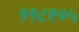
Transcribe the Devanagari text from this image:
११८९०५